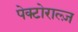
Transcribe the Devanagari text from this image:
पेक्टोराल्ज़